Annual report of the Punjab Veterinary College and of the Civil Veterinary Department, Punjab - 1926-1932
Year: 1926
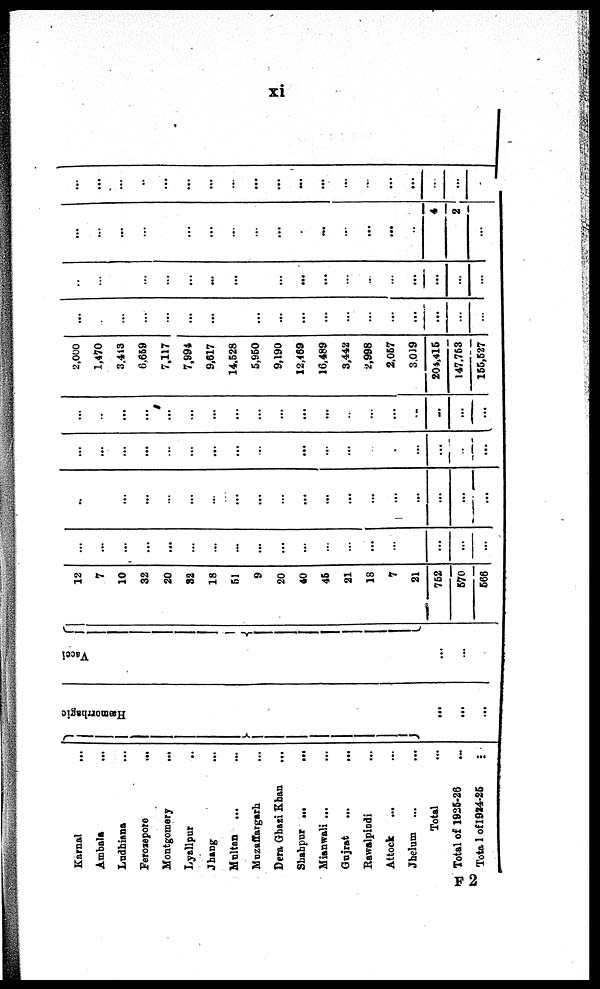
xi
Karnal
...
Ambala
...
Ludhiana ...
Ferozepore
...
Montgomery
...
Lyallpur
..
Jhang ...
Multan ... ...
Muzaffargarh ...
Dera Ghazi Khan ...
Shahpur
...
...
Mianwali ... ...
Gujrat
...
...
Rawalpindi ...
Attock ... ...
Jhelum ...
...
Total ...
Total of 1925-26 ...
Total of 1924-25 ...
Hæmorrhagic
...
...
...
Vacci
...
...
...
12
7
10
32
20
32
18
51
9
20
40
45
21
18
7
21
752
570
566
...
...
...
...
...
...
...
...
...
...
...
...
...
...
...
...
...
...
...
..
...
...
...
...
...
...
...
...
...
...
...
...
...
...
...
...
...
...
...
...
...
...
...
...
...
...
...
...
...
...
...
...
...
...
...
...
...
...
...
...
...
...
...
...
...
...
...
...
...
...
...
...
...
2,000
1,470
3,413
6,659
7,117
7,994
9,617
14,528
5,950
9,190
12,469
16,489
3,442
2,998
2,057
3,019
204,415
147,753
155,527
...
...
...
...
...
...
...
...
...
...
...
...
...
...
...
...
...
...
...
...
...
...
...
...
...
...
...
...
...
...
...
...
...
...
...
...
...
...
...
...
...
...
...
...
...
...
...
...
...
...
...
...
...
...
4
2
...
...
...
...
..
...
...
...
...
...
...
...
...
...
...
...
...
...
...
...
F2